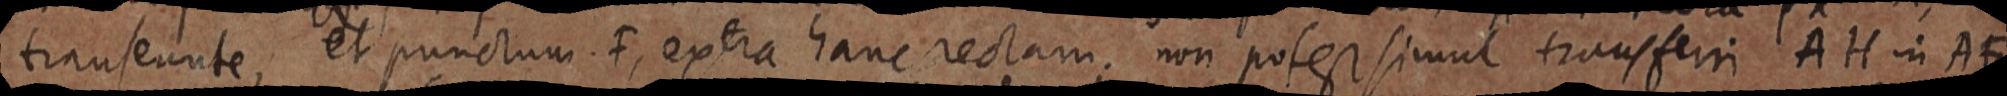
transeante, et punctum. F, extra hanc rectam. non potest simul transferi AH in AF